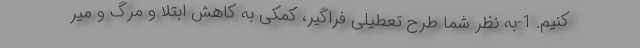
کنیم. 1-به نظر شما طرح تعطیلی فراگیر، کمکی به کاهش ابتلا و مرگ و میر